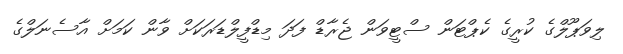
ލިވަޕޫލްގެ ކުރީގެ ކެޕްޓަން ސްޓީވަން ޖެރާޑް ފަދަ މިޑްފީލްޑަރަކަށް ވާން ކަމަށް އާސެނަލްގެ